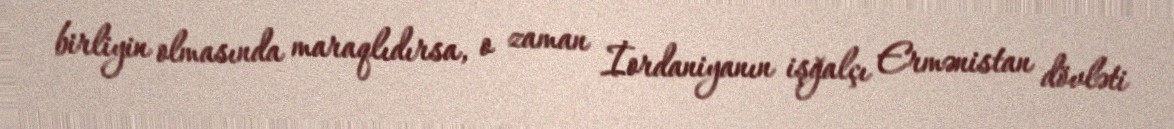
birliyin olmasında maraqlıdırsa, o zaman İordaniyanın işğalçı Ermənistan dövləti